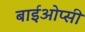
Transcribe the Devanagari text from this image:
बाईओप्सी